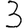
Digit: 3